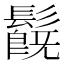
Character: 𩯂